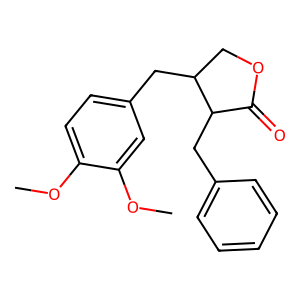
SMILES: COc1ccc(CC2COC(=O)C2Cc2ccccc2)cc1OC
Inhibits HIV replication: No